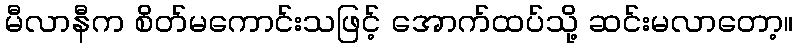
မီလာနီက စိတ်မကောင်းသဖြင့် အောက်ထပ်သို့ ဆင်းမလာတော့။